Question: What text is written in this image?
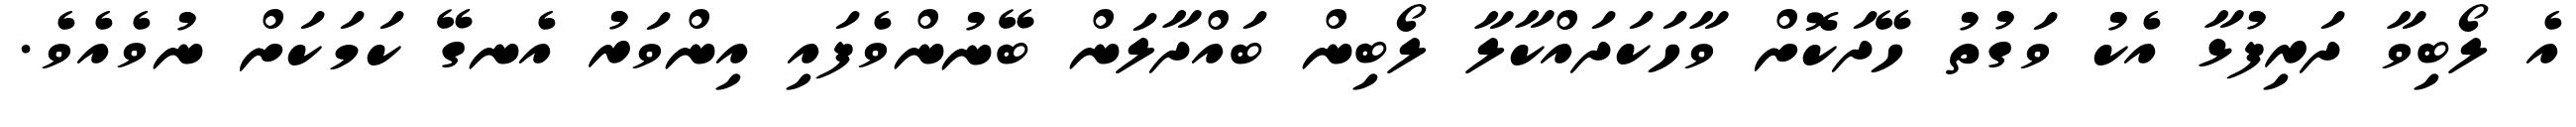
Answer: އެ ލޯބިވާ ދަރިފުޅާ އެކު ވަގުތު ހޭދަކޮށް ވާހަކަދައްކާލާ ލޯބިން ބައްދާލަން ބޭނުންވެފައި އިންވަރު އެނގޭ ކަމަކަށް ނުވެއެވެ.